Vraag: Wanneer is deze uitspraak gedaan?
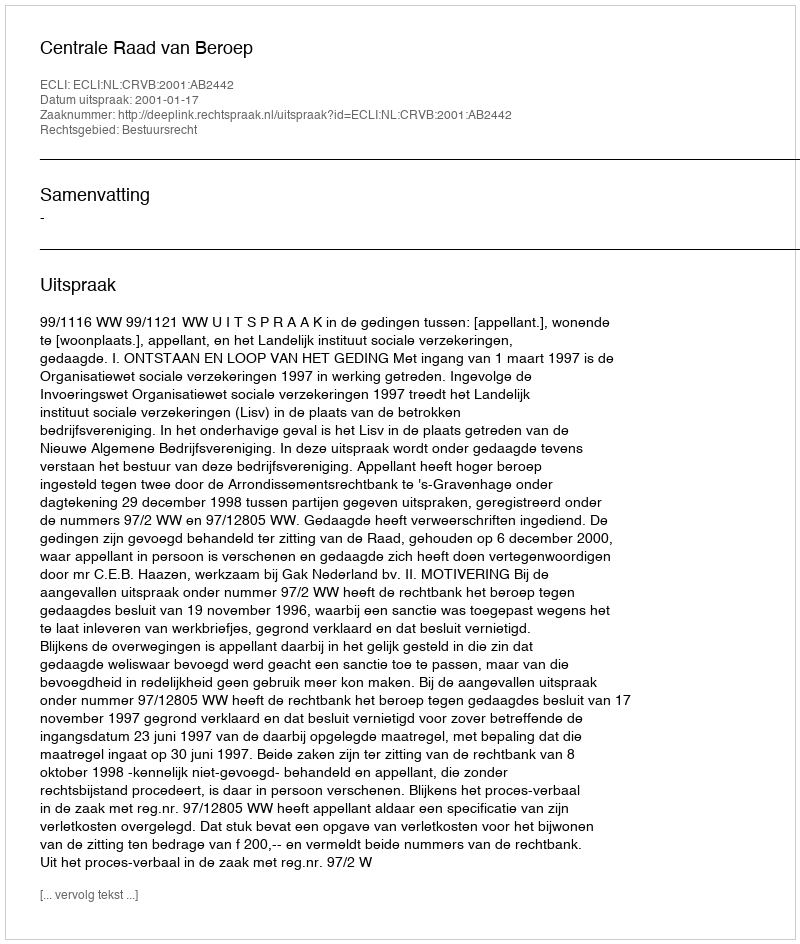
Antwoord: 2001-01-17